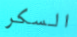
السكر